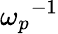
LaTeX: {\omega_{p}}^{-1}